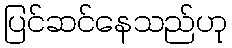
ပြင်ဆင်နေသည်ဟု